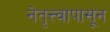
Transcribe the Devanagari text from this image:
नेतृत्त्वापासून